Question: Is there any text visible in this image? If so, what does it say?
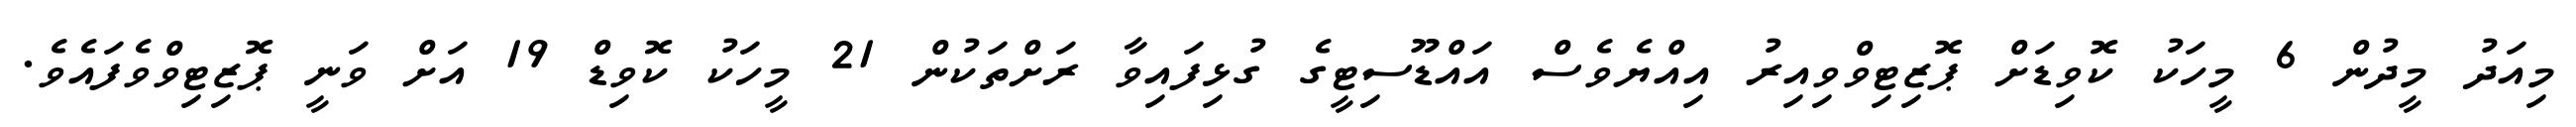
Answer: މިއަދު މީދުން 6 މީހަކު ކޮވިޑަށް ޕޮޒިޓިވްވިއިރު އިއްޔެވެސް އައްޑޫސިޓީގެ ގުޅިފައިވާ ރަށްތަކުން 21 މީހަކު ކޮވިޑް 19 އަށް ވަނީ ޕޮޒިޓިވްވެފައެވެ.